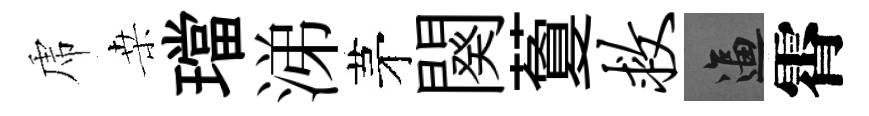
虎桒璫涕茅闋藑救逼霄